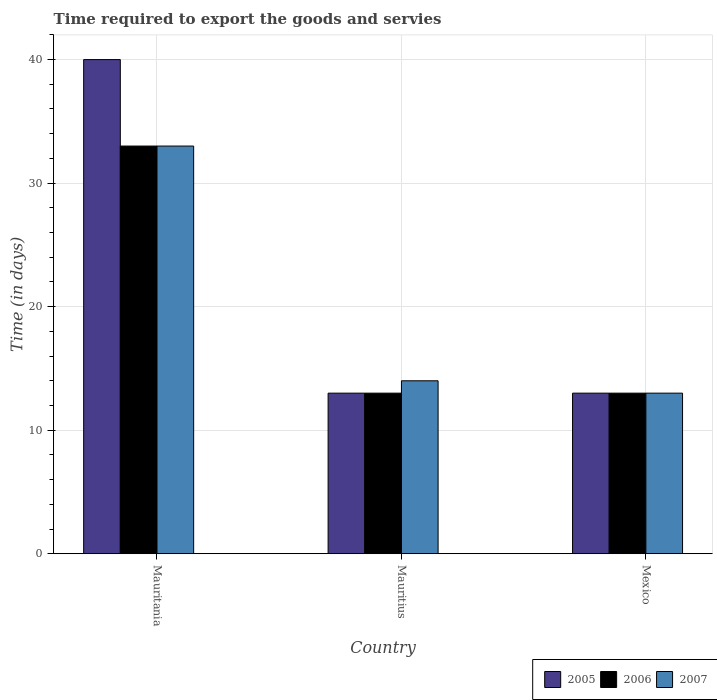
| Country | 2005 | 2006 | 2007 |
 | --- | --- | --- | --- |
 | Mauritania | 40 | 33 | 33 |
 | Mauritius | 13 | 13 | 14 |
 | Mexico | 13 | 13 | 13 |